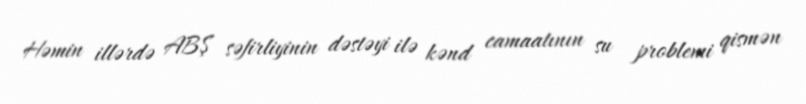
Həmin illərdə ABŞ səfirliyinin dəstəyi ilə kənd camaatının su problemi qismən